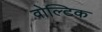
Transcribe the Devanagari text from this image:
वोल्टिक